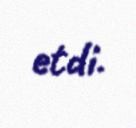
etdi.